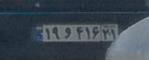
۱۹و۴۱۶۲۱